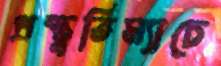
প্রস্তুতিম্যাচে